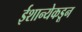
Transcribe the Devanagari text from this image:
ईशान्येकडून